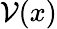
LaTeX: \mathcal{V}(x)